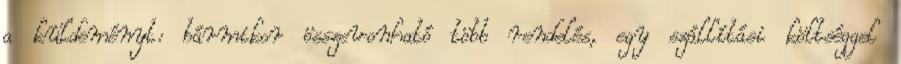
a küldeményt: bármikor összevonható több rendelés, egy szállítási költséggel